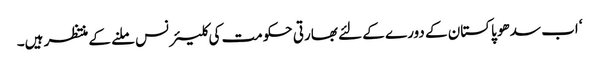
‘ اب سدھو پاکستان کے دورے کے لئے بھارتی حکومت کی کلیئرنس ملنے کے منتظر ہیں۔